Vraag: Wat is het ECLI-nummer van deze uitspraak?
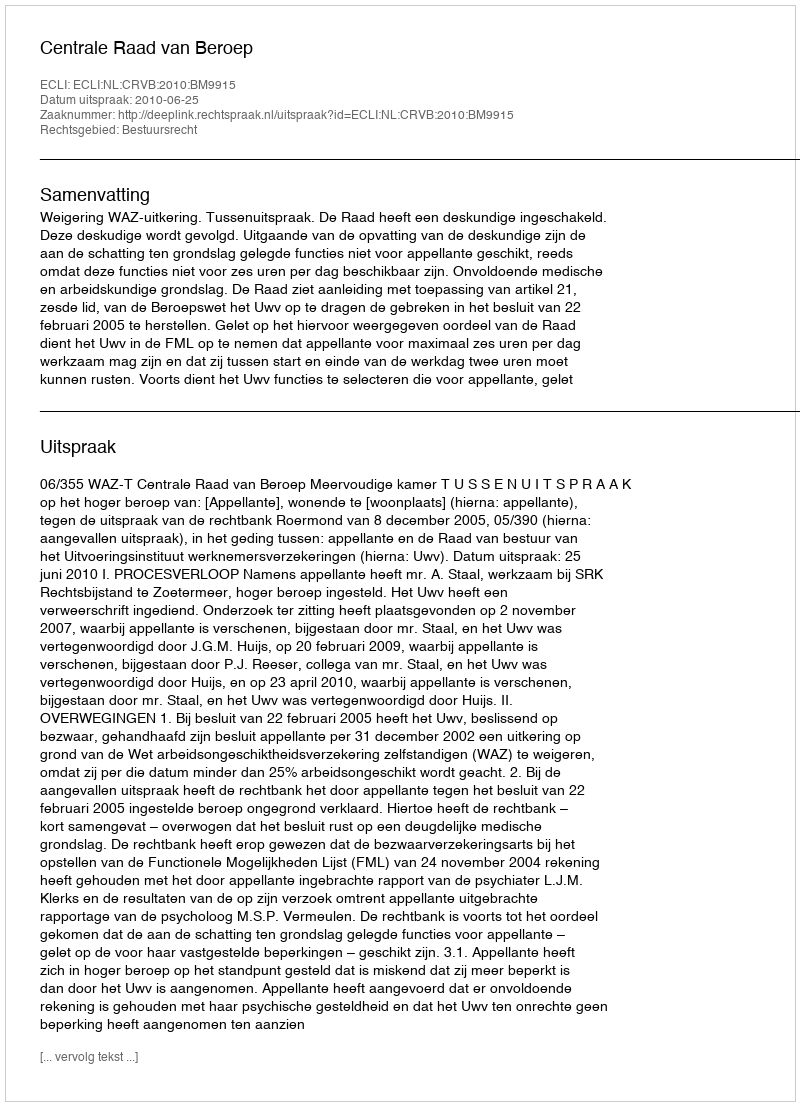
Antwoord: ECLI:NL:CRVB:2010:BM9915